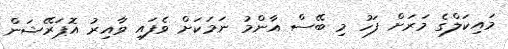
މައިކަލްގެ މަރަށް ފަހު މި ބޭސް އާންމު ނަމަކަށް ވެފައި ވާއިރު އޮޕަރޭޝަން